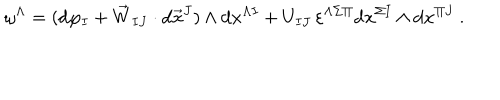
\omega ^ { \Lambda } = ( \mathrm { d } \varphi _ { I } + \vec { W } _ { I J } \cdot \mathrm { d } \vec { x } ^ { J } ) \wedge \mathrm { d } x ^ { \Lambda I } + U _ { I J } \, \varepsilon ^ { \Lambda \Sigma \Pi } \mathrm { d } x ^ { \Sigma I } \wedge \mathrm { d } x ^ { \Pi J } \ .